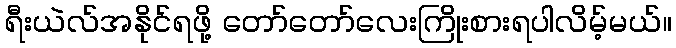
ရီးယဲလ်အနိုင်ရဖို့ တော်တော်လေးကြိုးစားရပါလိမ့်မယ်။